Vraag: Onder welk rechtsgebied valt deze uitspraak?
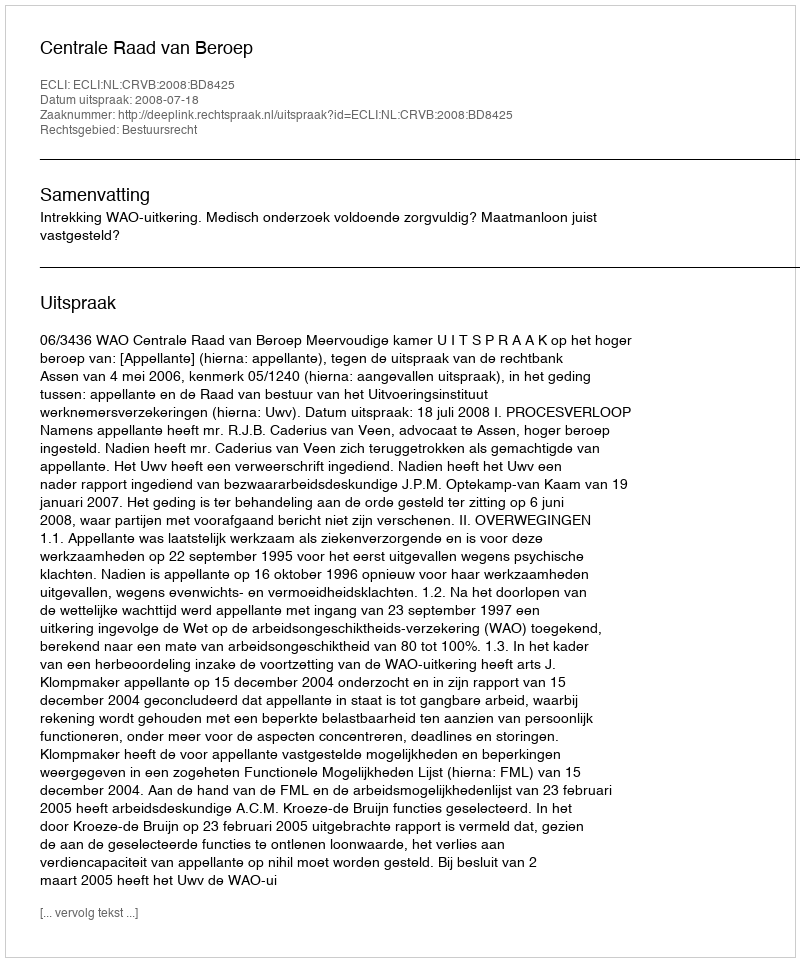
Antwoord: Bestuursrecht